DOW-UAP-D14, Mission Report, Iraq, May 2022
Agency: Department of War
Incident date: 5/29/22
Incident location: Syria
Page 2
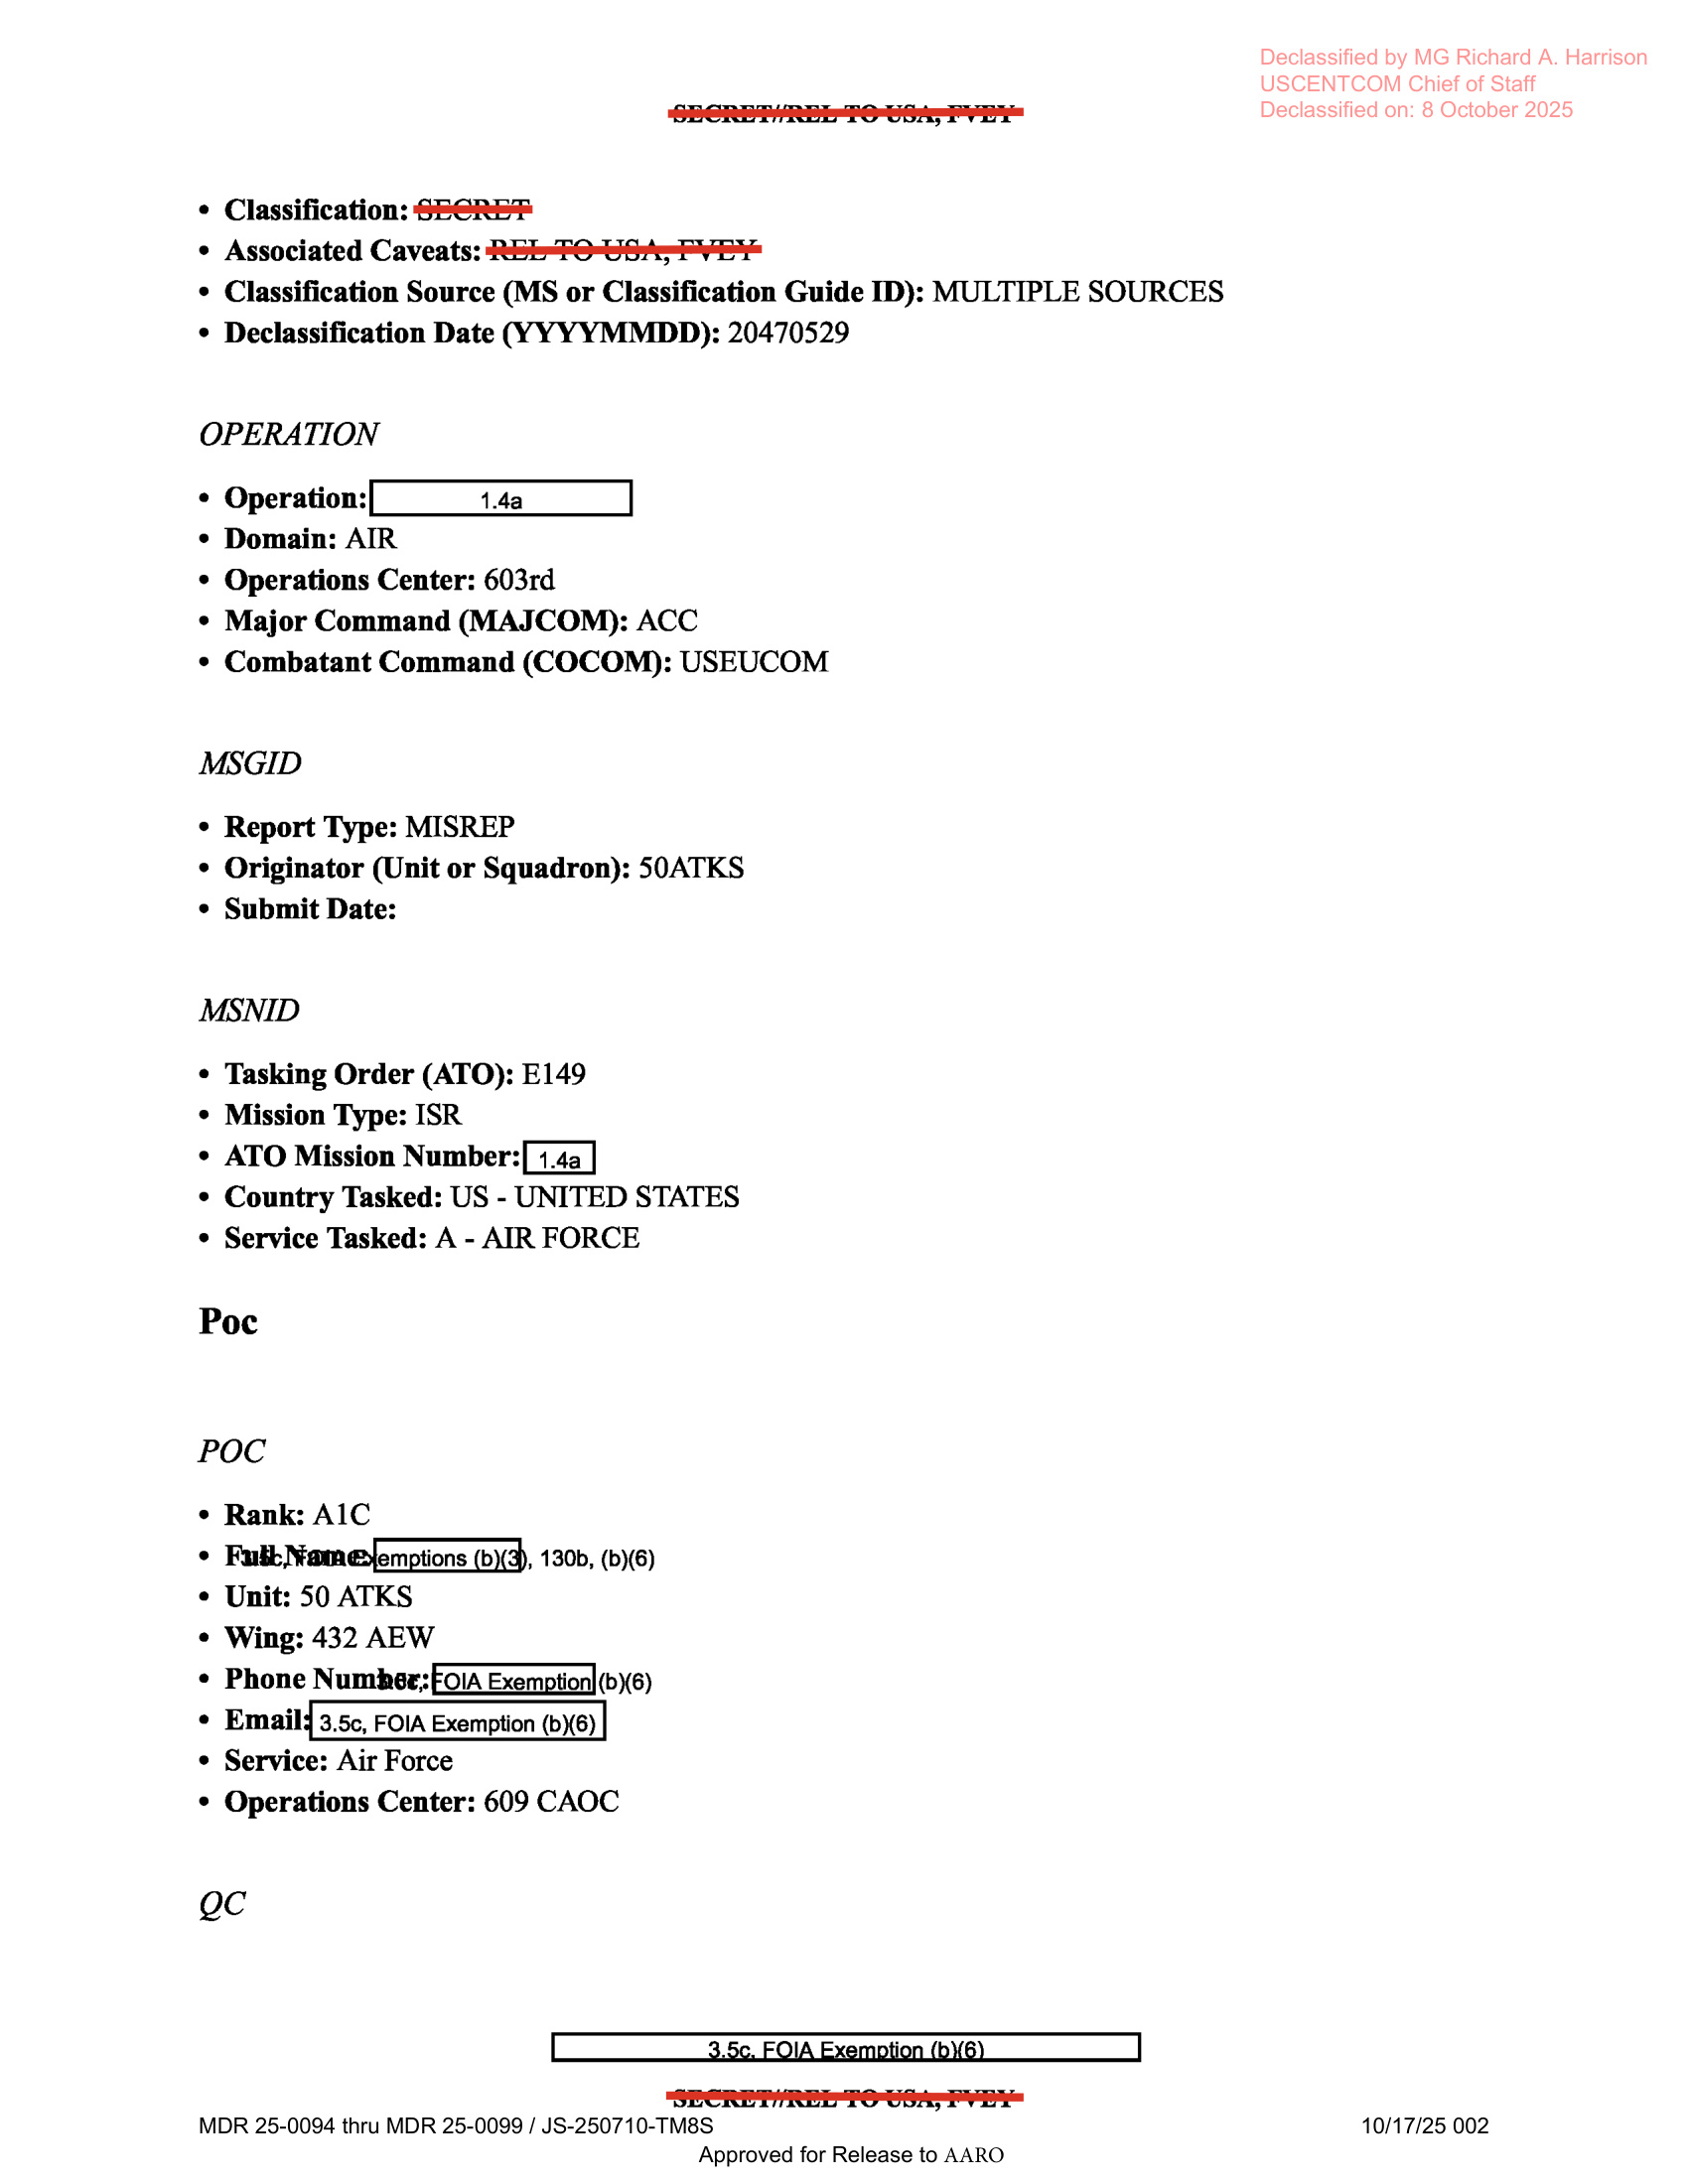